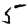
Digit: 5